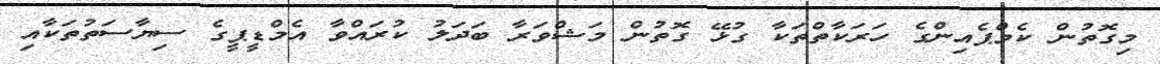
މިގޮތުން ކެމްޕެއިންގެ ހަރަކާތްތަކާ ގުޅޭ ގޮތުން މަޝްވަރާ ބަދަލު ކުރައްވާ އެމްޑީޕީގެ ސިޔާސަތުތަކާއި